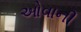
ઓવાની